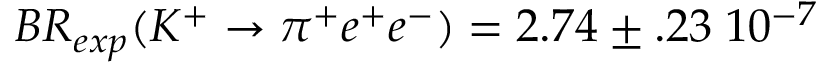
B R _ { e x p } ( K ^ { + } \rightarrow \pi ^ { + } e ^ { + } e ^ { - } ) = 2 . 7 4 \pm . 2 3 \; 1 0 ^ { - 7 }